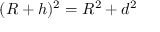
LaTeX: ( R + h ) ^ { 2 } = R ^ { 2 } + d ^ { 2 } \,